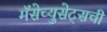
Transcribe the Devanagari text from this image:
मॅसेच्युसेट्सची